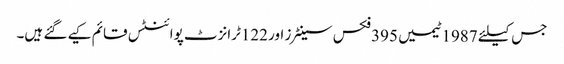
جس کیلئے 1987ٹیمیں 395فکس سینٹرز اور 122ٹرانزٹ پوائنٹس قائم کیے گئے ہیں۔